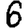
Digit: 6